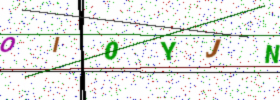
Text: OI0YJN